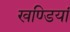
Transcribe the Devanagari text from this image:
खण्डियां